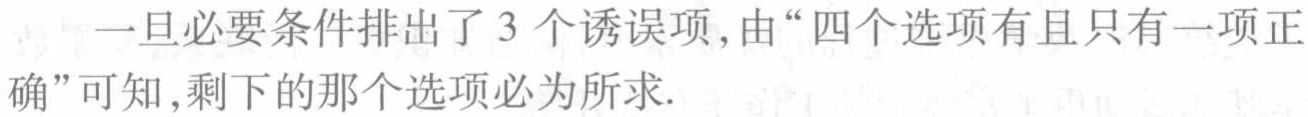
一旦必要条件排出了 3 个诱误项, 由“四个选项有且只有一项正确”可知, 剩下的那个选项必为所求.